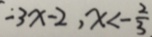
- 3 x - 2 , x < - \frac { 2 } { 3 }